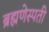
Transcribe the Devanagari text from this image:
ब्रह्मणेस्पती